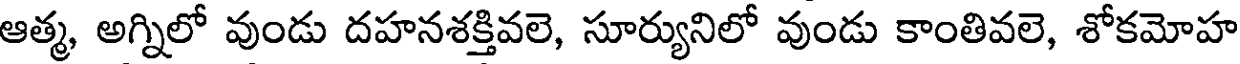
ఆత్మ, అగ్నిలో వుండు దహనశక్తివలె, సూర్యునిలో వుండు కాంతివలె, శోకమోహ